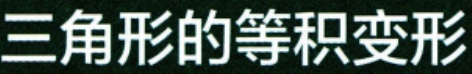
三角形的等积变形